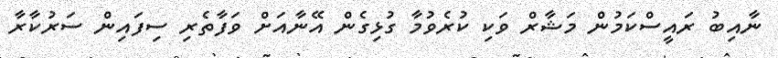
ނާއިބު ރައީސްކަމުން މަޝާރް ވަކި ކުރެވުމާ ގުޅިގެން އޭނާއަށް ވަފާތެރި ސިފައިން ސަރުކާރާ